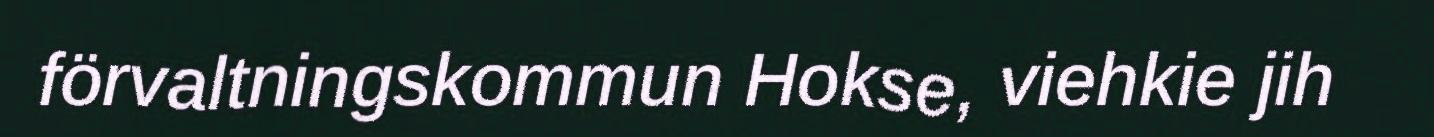
förvaltningskommun Hokse, viehkie jih